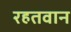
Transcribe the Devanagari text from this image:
रहतवान